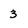
Character: 3